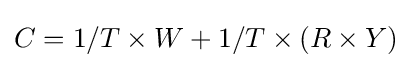
C=1/T\times W+1/T\times (R\times Y)